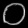
Digit: ၀